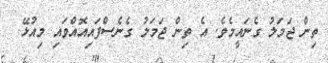
ތިން ޖަމަލު ގެނައީމެވެ. އެ ތިން ޖަމަލު ގެނެސްފައިއޮއްވައި މިއުޅޭ